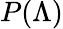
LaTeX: P(\Lambda)